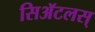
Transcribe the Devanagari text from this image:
सिॲटलस्